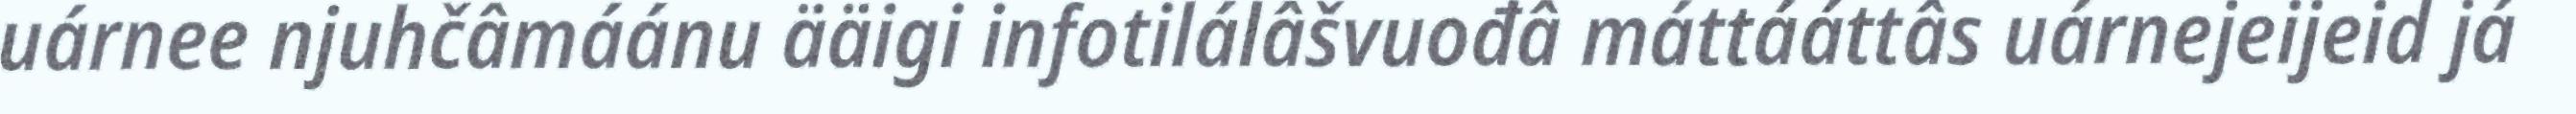
uárnee njuhčâmáánu ääigi infotilálâšvuođâ máttááttâs uárnejeijeid já